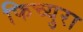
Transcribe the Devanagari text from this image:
फिच्युरा